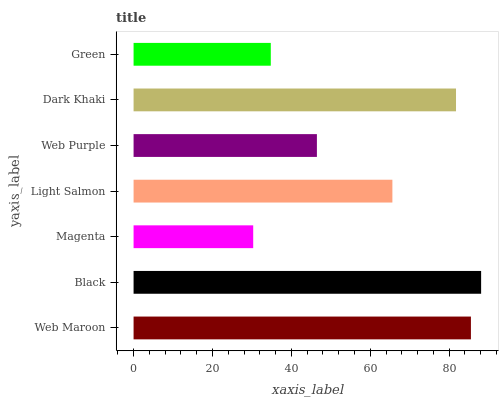
| yaxis_label | bars |
 | --- | --- |
 | Web Maroon | 85.5 |
 | Black | 88.1 |
 | Magenta | 30.3 |
 | Light Salmon | 65.6 |
 | Web Purple | 46.5 |
 | Dark Khaki | 81.7 |
 | Green | 34.8 |